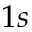
1 s